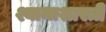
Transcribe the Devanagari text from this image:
श्यामाशास्त्री